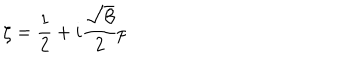
\zeta = \frac { 1 } { 2 } + i \frac { \sqrt { \beta } } { 2 } p